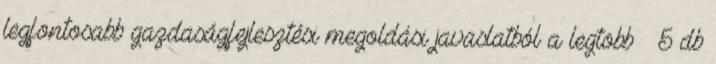
legfontosabb gazdaságfejlesztési megoldási javaslatból a legtöbb – 5 db